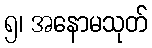
၅၊ အနောမသုတ်